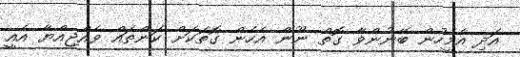
އަދި އެމީހުން ބޭނުންވާ ގޮތް ނޫން އެހެން ގޮތަކަށް ކަންތައް ވެއްޖިއްޔާ އެއީ